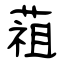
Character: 䔃